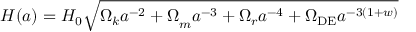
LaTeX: H ( a ) = H _ { 0 } { \sqrt { { \Omega _ { k } a ^ { - 2 } + \Omega } _ { m } a ^ { - 3 } + \Omega _ { r } a ^ { - 4 } + \Omega _ { \mathrm { D E } } a ^ { - 3 ( 1 + w ) } } }